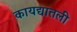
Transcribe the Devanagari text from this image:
कायद्यातली